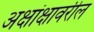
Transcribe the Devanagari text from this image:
अक्षांक्षावरील